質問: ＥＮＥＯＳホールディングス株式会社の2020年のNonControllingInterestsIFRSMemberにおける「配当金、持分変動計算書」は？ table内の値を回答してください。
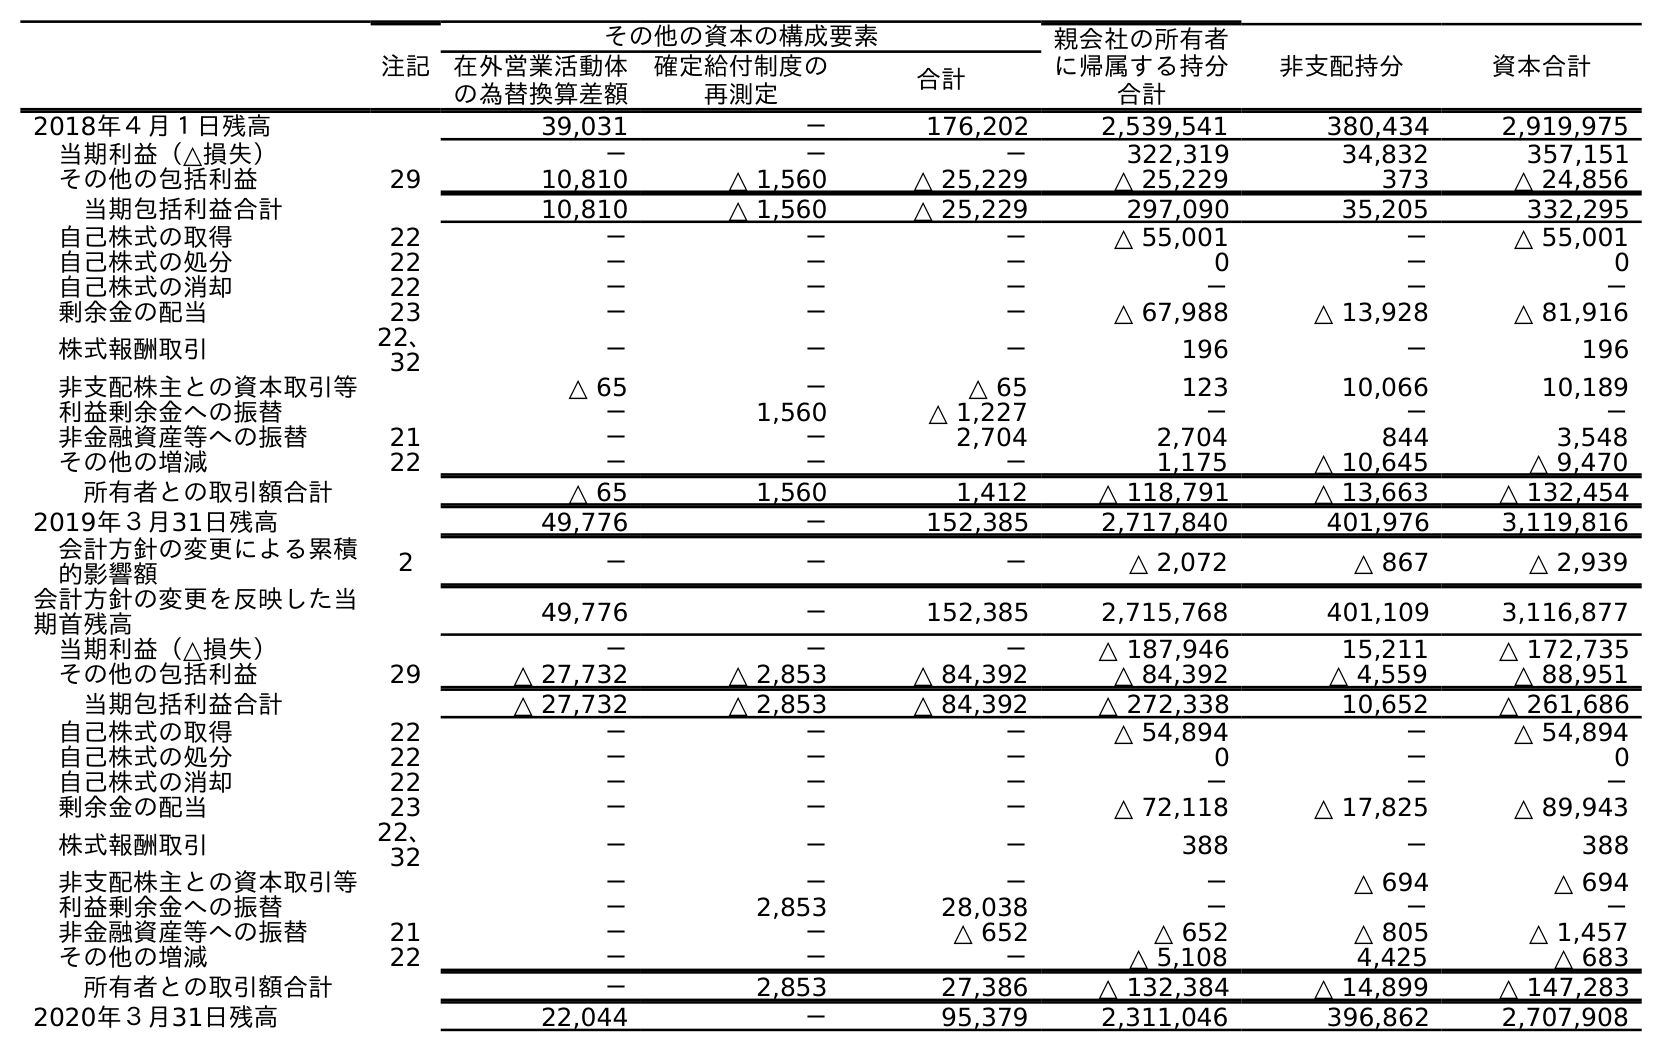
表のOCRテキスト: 注記 その他の資本の構成要素 親会社の所有者 に帰属する持分 合計 非支配持分 資本合計 在外営業活動体 の為替換算差額 確定給付制度の 再測定 合計 2018年４月１日残高 39,031 － 176,202 2,539,541 380,434 2,919,975 当期利益（△損失） － － － 322,319 34,832 357,151 その他の包括利益 29 10,810 △ 1,560 △ 25,229 △ 25,229 373 △ 24,856 当期包括利益合計 10,810 △ 1,560 △ 25,229 297,090 35,205 332,295 自己株式の取得 22 － － － △ 55,001 － △ 55,001 自己株式の処分 22 － － － 0 － 0 自己株式の消却 22 － － － － － － 剰余金の配当 23 － － － △ 67,988 △ 13,928 △ 81,916 株式報酬取引 22、 32 － － － 196 － 196 非支配株主との資本取引等 △ 65 － △ 65 123 10,066 10,189 利益剰余金への振替 － 1,560 △ 1,227 － － － 非金融資産等への振替 21 － － 2,704 2,704 844 3,548 その他の増減 22 － － － 1,175 △ 10,645 △ 9,470 所有者との取引額合計 △ 65 1,560 1,412 △ 118,791 △ 13,663 △ 132,454 2019年３月31日残高 49,776 － 152,385 2,717,840 401,976 3,119,816 会計方針の変更による累積 的影響額 2 － － － △ 2,072 △ 867 △ 2,939 会計方針の変更を反映した当 期首残高 49,776 － 152,385 2,715,768 401,109 3,116,877 当期利益（△損失） － － － △ 187,946 15,211 △ 172,735 その他の包括利益 29 △ 27,732 △ 2,853 △ 84,392 △ 84,392 △ 4,559 △ 88,951 当期包括利益合計 △ 27,732 △ 2,853 △ 84,392 △ 272,338 10,652 △ 261,686 自己株式の取得 22 － － － △ 54,894 － △ 54,894 自己株式の処分 22 － － － 0 － 0 自己株式の消却 22 － － － － － － 剰余金の配当 23 － － － △ 72,118 △ 17,825 △ 89,943 株式報酬取引 22、 32 － － － 388 － 388 非支配株主との資本取引等 － － － － △ 694 △ 694 利益剰余金への振替 － 2,853 28,038 － － － 非金融資産等への振替 21 － － △ 652 △ 652 △ 805 △ 1,457 その他の増減 22 － － － △ 5,108 4,425 △ 683 所有者との取引額合計 － 2,853 27,386 △ 132,384 △ 14,899 △ 147,283 2020年３月31日残高 22,044 － 95,379 2,311,046 396,862 2,707,908
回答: △17,825